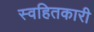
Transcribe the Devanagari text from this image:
स्वहितकारी